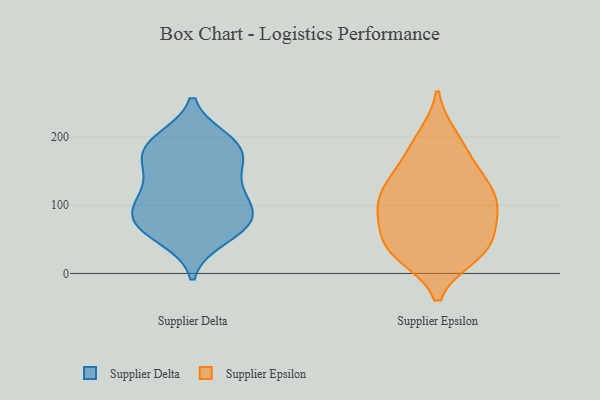
{"axis": {"x": "Website Visitors", "y": "Value"}, "legend": ["Supplier Delta", "Supplier Epsilon"], "data": [{"x": "", "y": 188, "type": "Supplier Delta"}, {"x": "", "y": 53, "type": "Supplier Delta"}, {"x": "", "y": 86, "type": "Supplier Delta"}, {"x": "", "y": 70, "type": "Supplier Delta"}, {"x": "", "y": 195, "type": "Supplier Delta"}, {"x": "", "y": 159, "type": "Supplier Delta"}, {"x": "", "y": 160, "type": "Supplier Delta"}, {"x": "", "y": 119, "type": "Supplier Delta"}, {"x": "", "y": 83, "type": "Supplier Delta"}, {"x": "", "y": 184, "type": "Supplier Delta"}, {"x": "", "y": 77, "type": "Supplier Delta"}, {"x": "", "y": 110, "type": "Supplier Delta"}, {"x": "", "y": 183, "type": "Supplier Delta"}, {"x": "", "y": 68, "type": "Supplier Delta"}, {"x": "", "y": 122, "type": "Supplier Delta"}, {"x": "", "y": 36, "type": "Supplier Epsilon"}, {"x": "", "y": 40, "type": "Supplier Epsilon"}, {"x": "", "y": 199, "type": "Supplier Epsilon"}, {"x": "", "y": 39, "type": "Supplier Epsilon"}, {"x": "", "y": 28, "type": "Supplier Epsilon"}, {"x": "", "y": 110, "type": "Supplier Epsilon"}, {"x": "", "y": 139, "type": "Supplier Epsilon"}, {"x": "", "y": 33, "type": "Supplier Epsilon"}, {"x": "", "y": 97, "type": "Supplier Epsilon"}, {"x": "", "y": 101, "type": "Supplier Epsilon"}, {"x": "", "y": 138, "type": "Supplier Epsilon"}, {"x": "", "y": 83, "type": "Supplier Epsilon"}, {"x": "", "y": 190, "type": "Supplier Epsilon"}, {"x": "", "y": 74, "type": "Supplier Epsilon"}, {"x": "", "y": 156, "type": "Supplier Epsilon"}, {"x": "", "y": 110, "type": "Supplier Epsilon"}]}